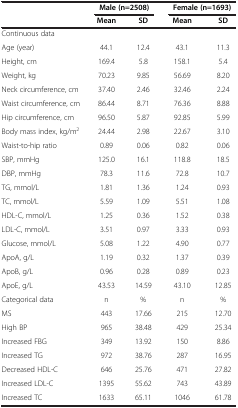
<table><thead><tr><td><b> </b></td><td colspan="2"><b>Male (n=2508)</b></td><td colspan="2"><b>Female (n=1693)</b></td></tr><tr><td><b> </b></td><td><b>Mean</b></td><td><b>SD</b></td><td><b>Mean</b></td><td><b>SD</b></td></tr></thead><tbody><tr><td>Continuous data</td><td> </td><td> </td><td> </td><td> </td></tr><tr><td>Age (year)</td><td>44.1</td><td>12.4</td><td>43.1</td><td>11.3</td></tr><tr><td>Height, cm</td><td>169.4</td><td>5.8</td><td>158.1</td><td>5.4</td></tr><tr><td>Weight, kg</td><td>70.23</td><td>9.85</td><td>56.69</td><td>8.20</td></tr><tr><td>Neck circumference, cm</td><td>37.40</td><td>2.46</td><td>32.46</td><td>2.24</td></tr><tr><td>Waist circumference, cm</td><td>86.44</td><td>8.71</td><td>76.36</td><td>8.88</td></tr><tr><td>Hip circumference, cm</td><td>96.50</td><td>5.87</td><td>92.85</td><td>5.99</td></tr><tr><td>Body mass index, kg/m<sup>2</sup></td><td>24.44</td><td>2.98</td><td>22.67</td><td>3.10</td></tr><tr><td>Waist-to-hip ratio</td><td>0.89</td><td>0.06</td><td>0.82</td><td>0.06</td></tr><tr><td>SBP, mmHg</td><td>125.0</td><td>16.1</td><td>118.8</td><td>18.5</td></tr><tr><td>DBP, mmHg</td><td>78.3</td><td>11.6</td><td>72.8</td><td>10.7</td></tr><tr><td>TG, mmol/L</td><td>1.81</td><td>1.36</td><td>1.24</td><td>0.93</td></tr><tr><td>TC, mmol/L</td><td>5.59</td><td>1.09</td><td>5.51</td><td>1.08</td></tr><tr><td>HDL-C, mmol/L</td><td>1.25</td><td>0.36</td><td>1.52</td><td>0.38</td></tr><tr><td>LDL-C, mmol/L</td><td>3.51</td><td>0.97</td><td>3.33</td><td>0.93</td></tr><tr><td>Glucose, mmol/L</td><td>5.08</td><td>1.22</td><td>4.90</td><td>0.77</td></tr><tr><td>ApoA, g/L</td><td>1.19</td><td>0.32</td><td>1.37</td><td>0.39</td></tr><tr><td>ApoB, g/L</td><td>0.96</td><td>0.28</td><td>0.89</td><td>0.23</td></tr><tr><td>ApoE, g/L</td><td>43.53</td><td>14.59</td><td>43.10</td><td>12.85</td></tr><tr><td>Categorical data</td><td>n</td><td>%</td><td>n</td><td>%</td></tr><tr><td>MS</td><td>443</td><td>17.66</td><td>215</td><td>12.70</td></tr><tr><td>High BP</td><td>965</td><td>38.48</td><td>429</td><td>25.34</td></tr><tr><td>Increased FBG</td><td>349</td><td>13.92</td><td>150</td><td>8.86</td></tr><tr><td>Increased TG</td><td>972</td><td>38.76</td><td>287</td><td>16.95</td></tr><tr><td>Decreased HDL-C</td><td>646</td><td>25.76</td><td>471</td><td>27.82</td></tr><tr><td>Increased LDL-C</td><td>1395</td><td>55.62</td><td>743</td><td>43.89</td></tr><tr><td>Increased TC</td><td>1633</td><td>65.11</td><td>1046</td><td>61.78</td></tr></tbody></table>